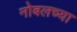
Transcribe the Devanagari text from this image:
नोबलच्या